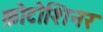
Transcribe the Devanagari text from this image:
क्रोटोशिनर